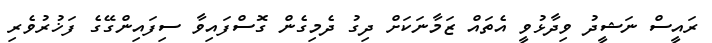
ރައީސް ނަޝީދު ވިދާޅުވީ އެތައް ޒަމާނަކަށް ދިގު ދެމިގެން ގޮސްފައިވާ ސިފައިންގޭގެ ފަޚުރުވެރި